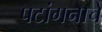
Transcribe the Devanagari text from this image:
पटांगनाचे